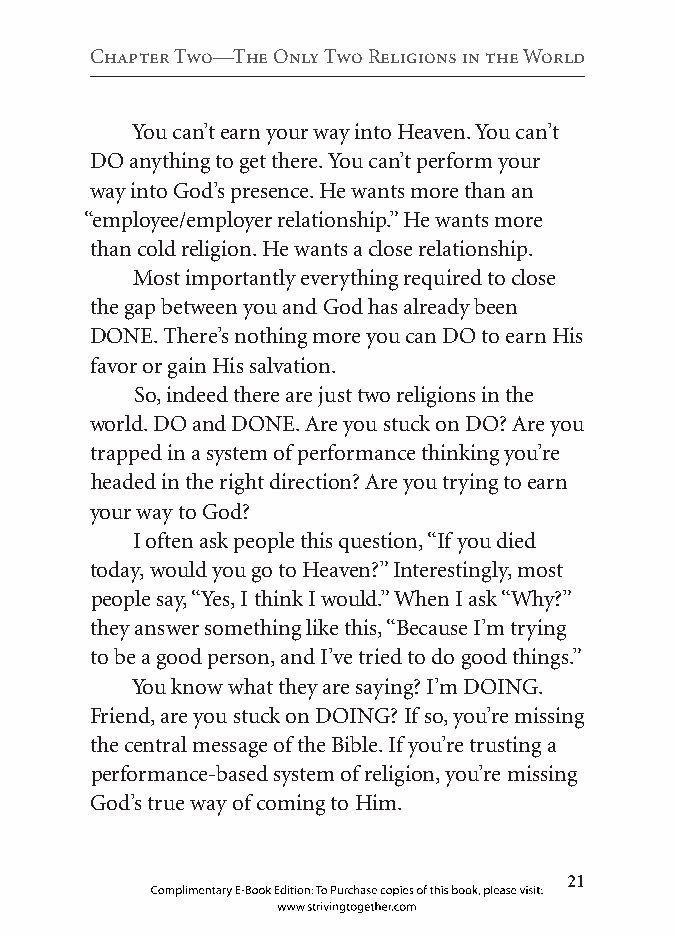
Chapter two—the Only two religions in the world
 You can’t earn your way into Heaven. You can’t
 DO anything to get there. You can’t perform your
 way into God’s presence. He wants more than an
 “employee/employer relationship.” He wants more
 than cold religion. He wants a close relationship.
 Most importantly everything required to close
 the gap between you and God has already been
 DONE. There’s nothing more you can DO to earn His
 favor or gain His salvation.
 So, indeed there are just two religions in the
 world. DO and DONE. Are you stuck on DO? Are you
 trapped in a system of performance thinking you’re
 headed in the right direction? Are you trying to earn
 your way to God?
 I often ask people this question, “If you died
 today, would you go to Heaven?” Interestingly, most
 people say, “Yes, I think I would.” When I ask “Why?”
 they answer something like this, “Because I’m trying
 to be a good person, and I’ve tried to do good things.”
 You know what they are saying? I’m DOING.
 Friend, are you stuck on DOING? If so, you’re missing
 the central message of the Bible. If you’re trusting a
 performance-based system of religion, you’re missing
 God’s true way of coming to Him.
 
 Complimentary E-Book Edition: To Purchase copies of this book, please visit:
 www.strivingtogether.com